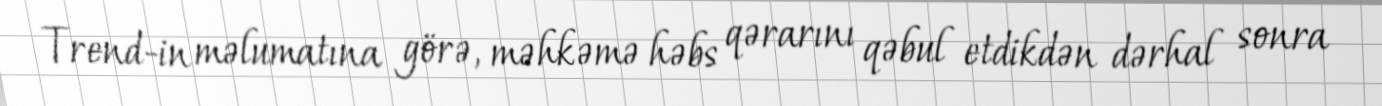
Trend-in məlumatına görə, məhkəmə həbs qərarını qəbul etdikdən dərhal sonra